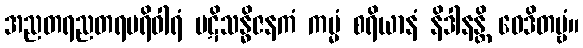
အညတရညတရပရိဝါရံ ပဋိသန္ဓိဇနကံ ကမ္မံ စရိယာနံ နိဒါနန္တိ ဝေဒိတဗ္ဗံ။